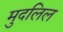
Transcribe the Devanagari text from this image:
मुदलिल